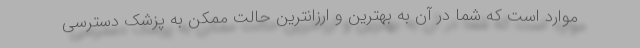
موارد است که شما در آن به بهترین و ارزانترین حالت ممکن به پزشک دسترسی